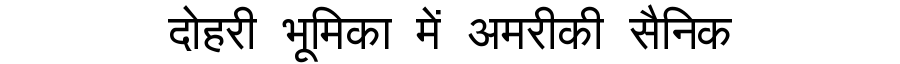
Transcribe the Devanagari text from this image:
दोहरी भूमिका में अमरीकी सैनिक